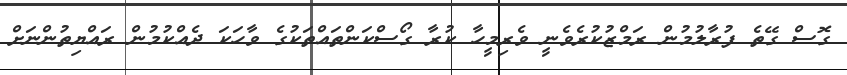
ގޮސް ގޭތެ ފުރާލުމުން ރަމްޒުކުރެވެނީ ވެރިމީހާ ކުރާ ގޯސްކަންތައްތަކުގެ ވާހަކަ ދެއްކުމުން ރައްޔިތުންނަށް